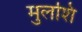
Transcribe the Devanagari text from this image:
मुलशि